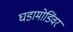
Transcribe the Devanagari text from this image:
घडामोडिंवर